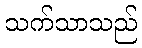
သက်သာသည်